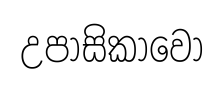
උපාසිකාවෝ